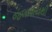
જલાશયથી